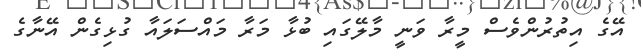
އޭގެ އިތުރުންވެސް މީރާ ވަނީ މާލޭގައި ބުޅާ މަރާާ މައްސަލައާ ގުޅިގެން އޭނާގެ